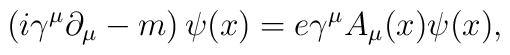
\left( i\gamma ^{\mu }\partial _{\mu }-m\right) \psi (x)=e\gamma ^{\mu}A_{\mu }(x)\psi (x),